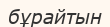
бұрайтын